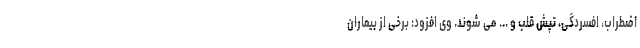
اضطراب، افسردگی، تپش قلب و ... می شوند. وی افزود: برخی از بیماران